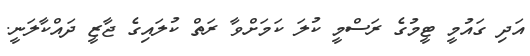
އަދި ގައުމީ ޓީމުގެ ރަސްމީ ކުލަ ކަމަށްވާ ރަތް ކުލައިގެ ޖާޒީ ދައްކާލަނީ.